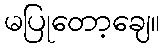
မပြုတော့ချေ။